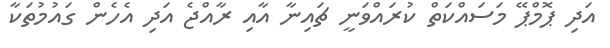
އަދި ޕޮމްޕޭ މަސައްކަތް ކުރައްވަނީ ޗައިނާ އާއި ރާއްޖެ އަދި އެހެން ގައުމުތަކާ